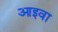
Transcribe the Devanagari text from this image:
आइवा